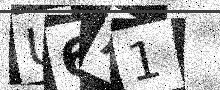
Text: U6A1